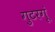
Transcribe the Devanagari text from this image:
गुटरगूं